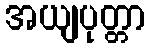
အယျပုတ္တာ